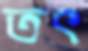
তৎ